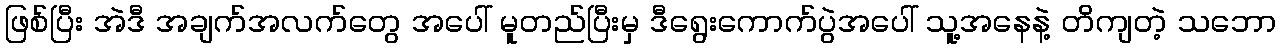
ဖြစ်ပြီး အဲဒီ အချက်အလက်တွေ အပေါ် မူတည်ပြီးမှ ဒီရွေးကောက်ပွဲအပေါ် သူ့အနေနဲ့ တိကျတဲ့ သဘော